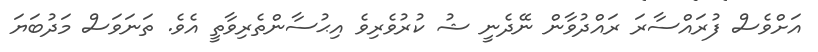
އަށްވެސް ފުރައްސާރަ ރައްދުވާން ނޭދެނީ ޝު ކުރުވެރިވެ އިޙުސާންތެރިވާތީ އެވެ. ތަނަވަސް މަދުބަޔަ